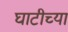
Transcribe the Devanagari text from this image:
घाटीच्या